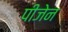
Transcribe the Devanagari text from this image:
पीजेन